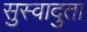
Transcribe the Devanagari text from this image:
सुस्वादुता